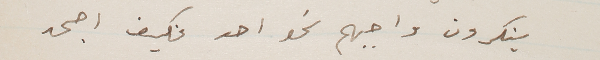
ينكرون واجبهم نحو احد فكيف اجحد